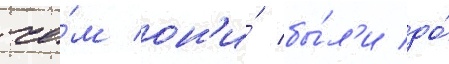
че́м он'и́ бы́л'и до́